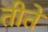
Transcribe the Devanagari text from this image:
तीते